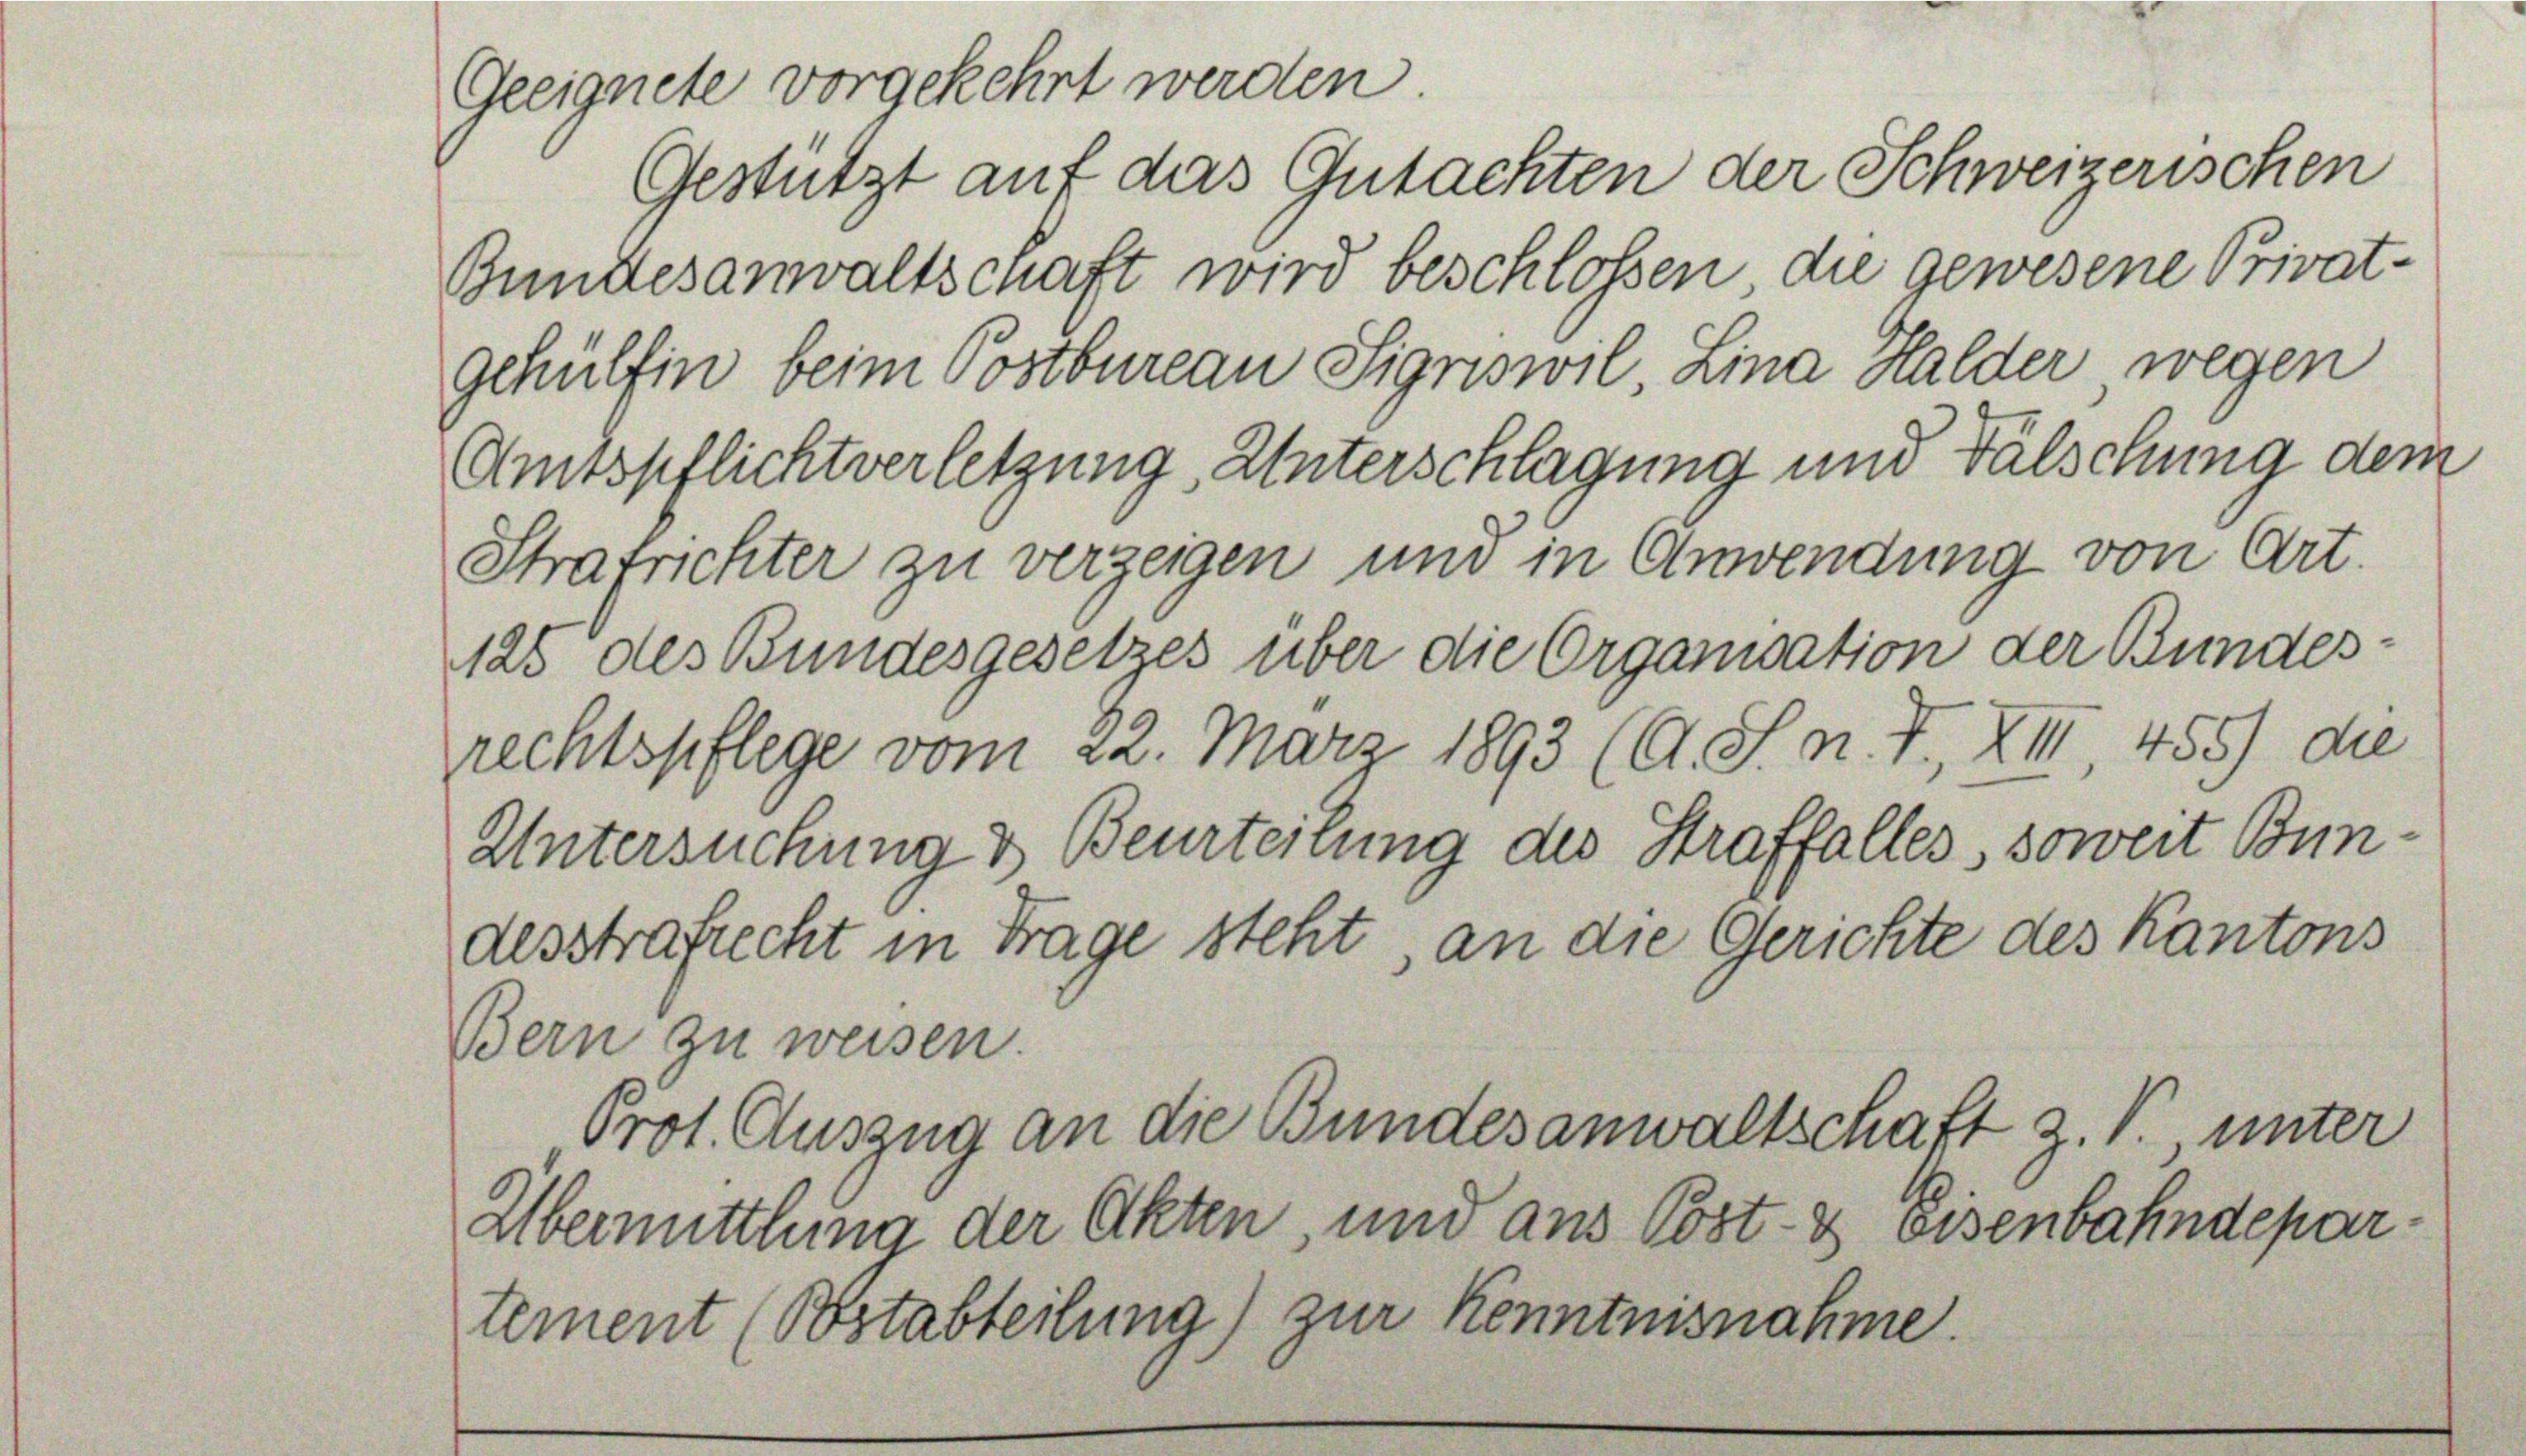
gehülfen beim Postbureau Signswil, Lina Halder wegen
Amtspflichtverletzung Unterschlagung und Fälschung dem

Geeignete vorgekehrt werden.
Gestützt auf das Gutachten der Schweizerischen
Bundesanwaltschaft wird beschlossen, die gewesene Privat¬
Strafrichter zu verzeigen und in Anwendung von Art.
125 des Bundesgesetzes über die Organisation der Bundesrechtspflege vom 22. März 1893 (O. S. n. F., XIII, 455) die
Untersuchung & Beurteilung des Straffalles, soweit Bundesstrafrecht in Frage steht, an die Gerichte des Kantons

Bern zu weisen.
Übermittlung der Akten, und aus Post- & Eisenbahndepartement (Bstabteilung) zur Kenntnisnahme.

Prot. Auszug an die Bundesanwaltschaft z. V., unter